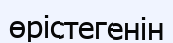
өрістегенін